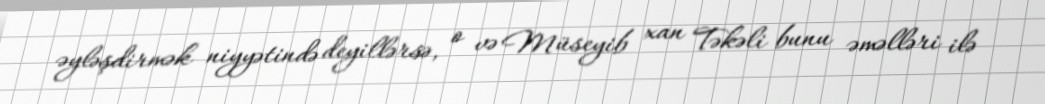
əyləşdirmək niyyətində deyillərsə, o və Müseyib xan Təkəli bunu əməlləri ilə